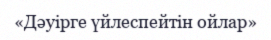
«Дәуірге үйлеспейтін ойлар»